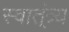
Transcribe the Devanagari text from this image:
स्वात्ंत्र्य